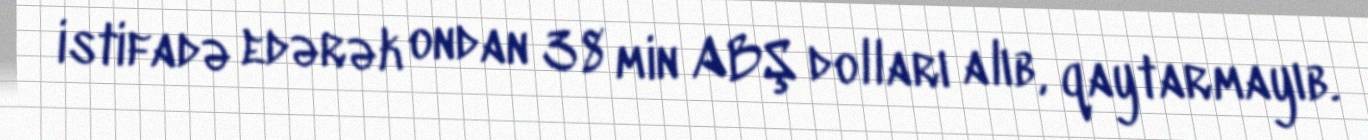
istifadə edərək ondan 38 min ABŞ dolları alıb, qaytarmayıb.